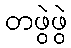
တဖွဲဖွဲ